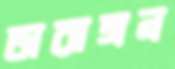
তারাঙ্গন